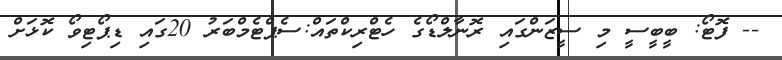
-- ފޮޓޯ: ބީބީސީ މި ސީޒަންގައި ރޮނާލްޑޯގެ ހެޓްރިކްތައް:ސެޕްޓެމްބަރު 20ގައި ޑިޕޯޓިވޯ ކޮޅަށް